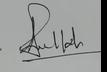
Signature authenticity: genuine